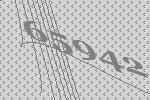
65942